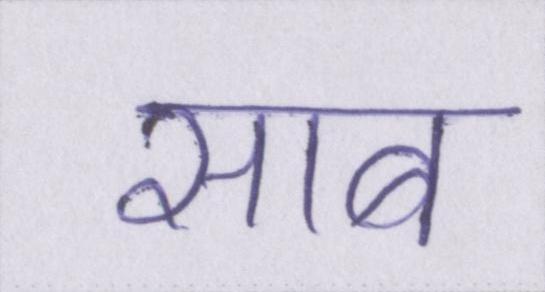
साब